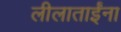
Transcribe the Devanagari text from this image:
लीलाताईंना